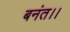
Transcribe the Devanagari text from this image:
बनंत।।